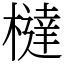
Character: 橽